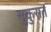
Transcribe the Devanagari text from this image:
सुकुरात